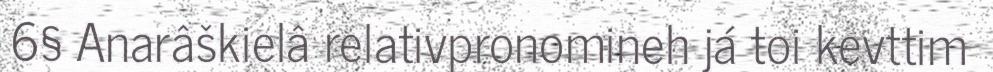
6§ Anarâškielâ relativpronomineh já toi kevttim